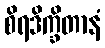
စိရဒိက္ခိတာနံ